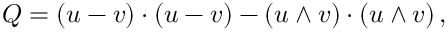
Q = ( u - v ) \cdot ( u - v ) - ( u \wedge v ) \cdot ( u \wedge v ) \, ,